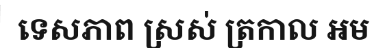
ទេសភាព ស្រស់ ត្រកាល អម